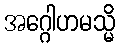
အဂ္ဂေါဟမသ္မိ